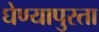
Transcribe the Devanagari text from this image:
घेण्यापुरता